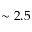
\sim 2 . 5